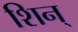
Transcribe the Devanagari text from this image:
शिन्‌